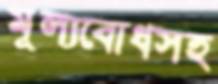
মূল্যবোধসহ